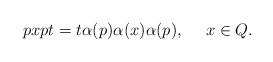
LaTeX: \begin{align*}pxpt=t\alpha(p)\alpha(x)\alpha(p),\ \ \ \ x\in Q.\end{align*}